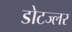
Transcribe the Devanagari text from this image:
डोटज्लर